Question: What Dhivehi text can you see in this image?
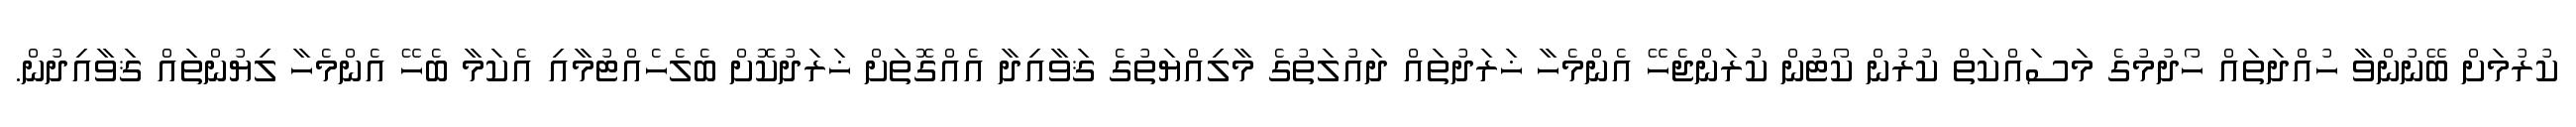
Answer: ކުރުމަށް ބޭނުންވާ ހުއްދަތައް ހޯދުމުގެ މަސައްކަތް ކުރުން ކޯޓުން ކުރަންޖެހޭ އެންމެހާ ޚަރަދުތައް ދައުލަތުގެ މާލިއްޔަތުގެ ޤަވާއިދާ އެއްގޮތަށް ޚަރަދުކޮށް ބެލެހެއްޓުމާއި އެކަމާ ބެހޭ އެންމެހާ ލިޔުންތައް ޤަވާއިދުން.